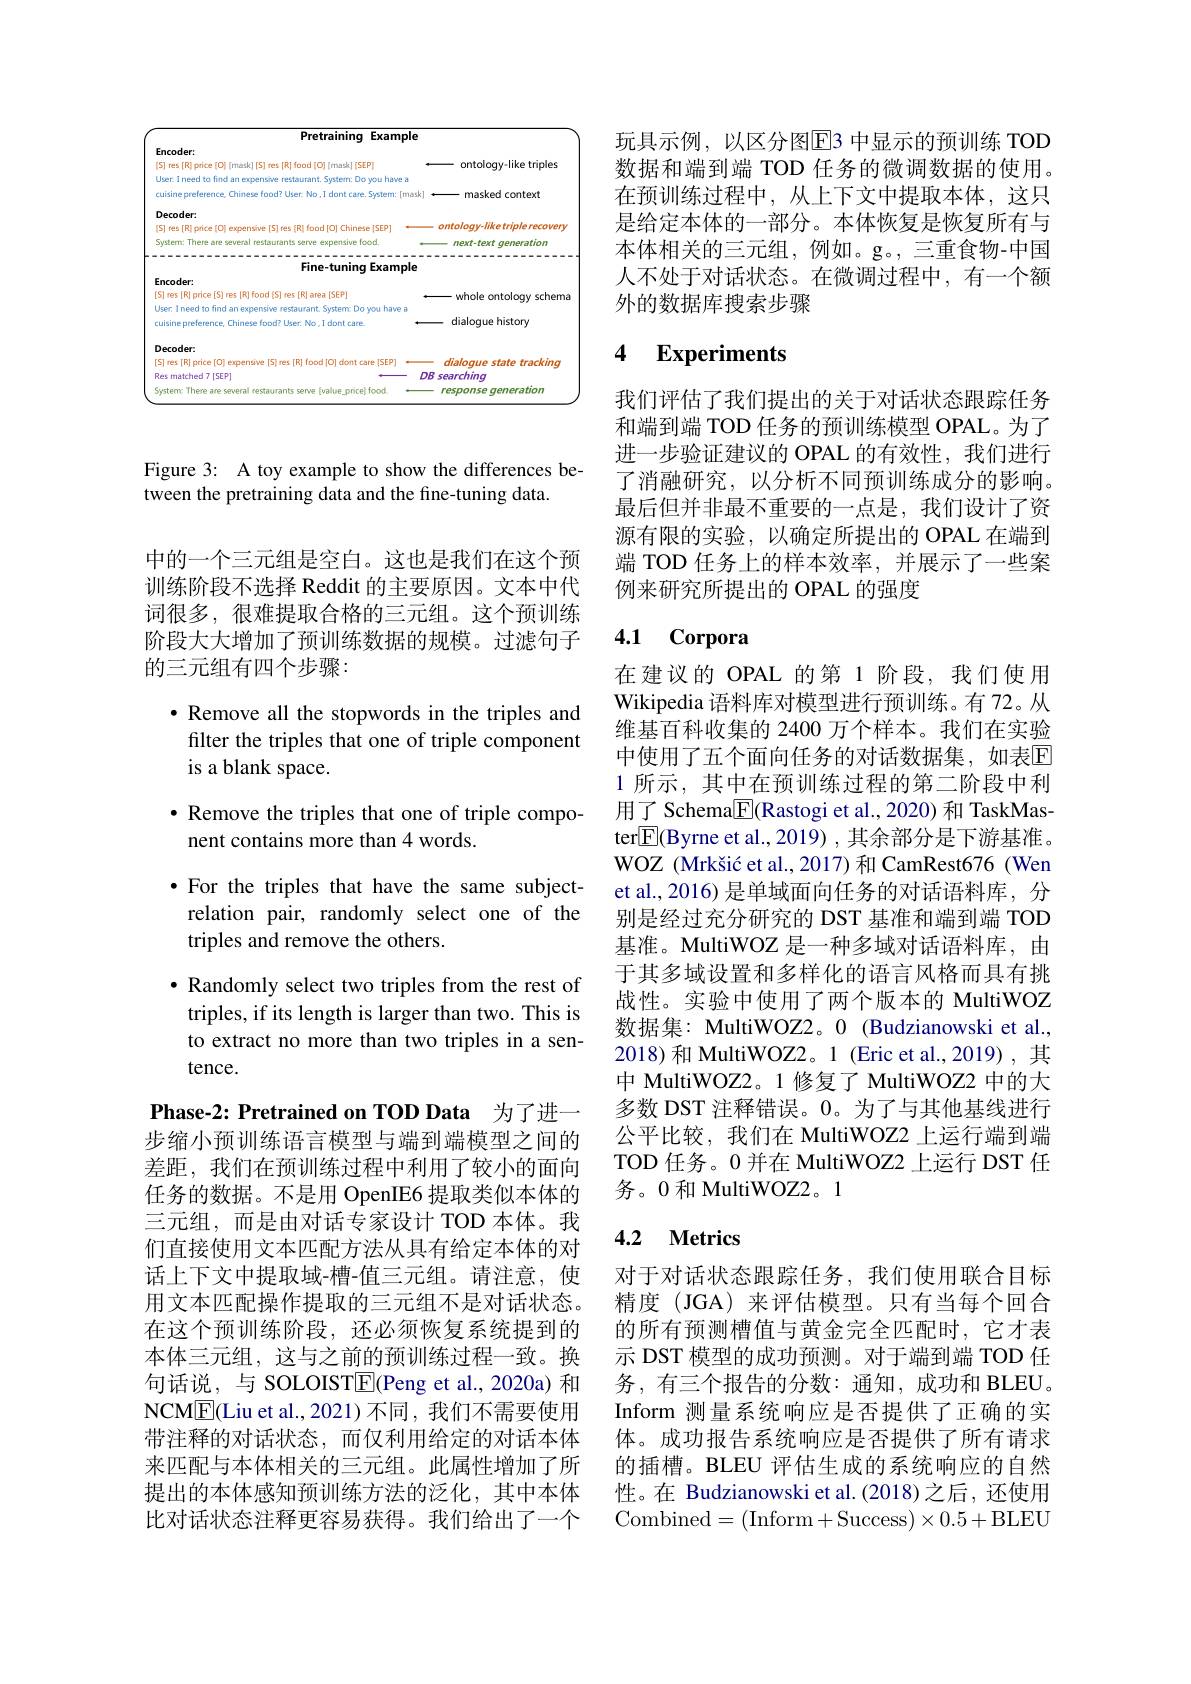
<FigureHere>

Figure 3: A toy example to show the differences be-
tween the pretraining data and the fine-tuning data.

中的一个三元组是空白。这也是我们在这个预训练阶段不选择 Reddit 的主要原因。文本中代词很多，很难提取合格的三元组。这个预训练阶段大大增加了预训练数据的规模。过滤句子的三元组有四个步骤：

$\bullet$ Remove all the stopwords in the triples and

filter the triples that one of triple component

is a blank space.

$\bullet$ Remove the triples that one of triple compo-

nent contains more than 4 words.

$\bullet$ For the triples that have the same subject-

relation pair, randomly select one of the

triples and remove the others.

$\bullet$ Randomly select two triples from the rest of triples, if its length is larger than two. This is to extract no more than two triples in a sentence.

Phase-2: Pretrained on TOD Data 为了进一

步缩小预训练语言模型与端到端模型之间的差距，我们在预训练过程中利用了较小的面向任务的数据。不是用 OpenIE6 提取类似本体的三元组，而是由对话专家设计 TOD 本体。我们直接使用文本匹配方法从具有给定本体的对话上下文中提取域-槽-值三元组。请注意，使用文本匹配操作提取的三元组不是对话状态。在这个预训练阶段，还必须恢复系统提到的本体三元组，这与之前的预训练过程一致。换句话说，与 SOLOIST$\underline{\mathrm{E}}($Peng et al.,2020a) 和NCME(Liu et al., 2021) 不同 , 我们不需要使用带注释的对话状态，而仅利用给定的对话本体来匹配与本体相关的三元组。此属性增加了所提出的本体感知预训练方法的泛化，其中本体比对话状态注释更容易获得。我们给出了一个

玩具示例，以区分图$\overline{\mathrm{E}}$3 中显示的预训练 TOD 数据和端到端 TOD 任务的微调数据的使用。在预训练过程中，从上下文中提取本体，这只是给定本体的一部分。本体恢复是恢复所有与本体相关的三元组，例如。g。,三重食物-中国人不处于对话状态。在微调过程中，有一个额外的数据库搜索步骤

# 4 Experiments

我们评估了我们提出的关于对话状态跟踪任务和端到端 TOD 任务的预训练模型 OPAL。为了进一步验证建议的 OPAL 的有效性，我们进行了消融研究，以分析不同预训练成分的影响。最后但并非最不重要的一点是，我们设计了资源有限的实验，以确定所提出的 OPAL 在端到端 TOD 任务上的样本效率，并展示了一些案例来研究所提出的 OPAL 的强度

### 4.1 Corpora

在建议的 OPAL 的第 1 阶段，我们使用Wikipedia 语料库对模型进行预训练。有 72。从维基百科收集的 2400 万个样本。我们在实验中使用了五个面向任务的对话数据集，如表$\overline{\mathrm{E}}$ 1 所示，其中在预训练过程的第二阶段中利用了 Schema$\boxed{\mathrm{F}}($Rastogi et al.,2020) 和 TaskMaster$\boxed{\mathrm{F}}$(Byrne et al., 2019) , 其余部分是下游基准。WOZ (Mrkšić et al., 2017) 和 CamRest676 (Wen et al.,2016) 是单域面向任务的对话语料库，分别是经过充分研究的 DST 基准和端到端 TOD 基准。MultiWOZ 是一种多域对话语料库，由于其多域设置和多样化的语言风格而具有挑战性。实验中使用了两个版本的 MultiWOZ 数据集：MultiWOZ2。0 (Budzianowski et al., 2018) 和 MultiWOZ2。1 (Eric et al.,2019) , 其中 MultiWOZ2。1 修复了 MultiWOZ2 中的大多数 DST 注释错误。0。为了与其他基线进行公平比较，我们在 MultiWOZ2 上运行端到端TOD 任务。0 并在 MultiWOZ2 上运行 DST 任务。0 和 MultiWOZ2。1

### 4.2 $\mathbf{Metrics}$

对于对话状态跟踪任务，我们使用联合目标精度(JGA)来评估模型。只有当每个回合的所有预测槽值与黄金完全匹配时，它才表示 DST 模型的成功预测。对于端到端 TOD 任务，有三个报告的分数：通知，成功和 BLEU。Inform 测量系统响应是否提供了正确的实体。成功报告系统响应是否提供了所有请求的插槽。BLEU 评估生成的系统响应的自然性。在 Budzianowski et al.(2018)之后，还使用Combined= ( Inform+ Success) $\times$0. 5+ BLEU